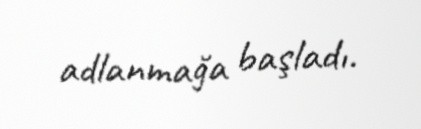
adlanmağa başladı.